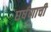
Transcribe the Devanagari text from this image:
घर्षणाची